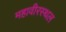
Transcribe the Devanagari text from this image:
महावीरस्थल